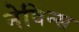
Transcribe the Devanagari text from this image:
नेविन्स